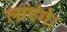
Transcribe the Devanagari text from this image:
लाएंगे।